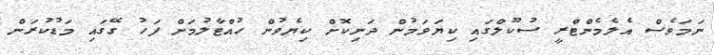
ނަމަވެސް އެލެމެންޓްރީ ސުކޫލްގައި ކިޔަވަމުން ދަނިކޮށް ކިޔެވުން ހުއްޓާލުމަށް ފަހު ގޭގައި މަޑުކުރަން